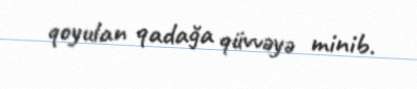
qoyulan qadağa qüvvəyə minib.